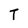
Character: T